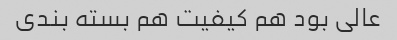
عالی بود هم کیفیت هم بسته بندی